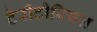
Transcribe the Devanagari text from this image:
टेरीटोरियल